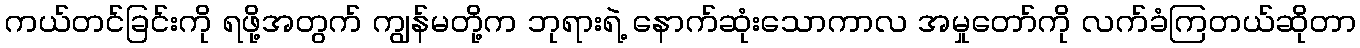
ကယ်တင်ခြင်းကို ရဖို့အတွက် ကျွန်မတို့က ဘုရားရဲ့ နောက်ဆုံးသောကာလ အမှုတော်ကို လက်ခံကြတယ်ဆိုတာ